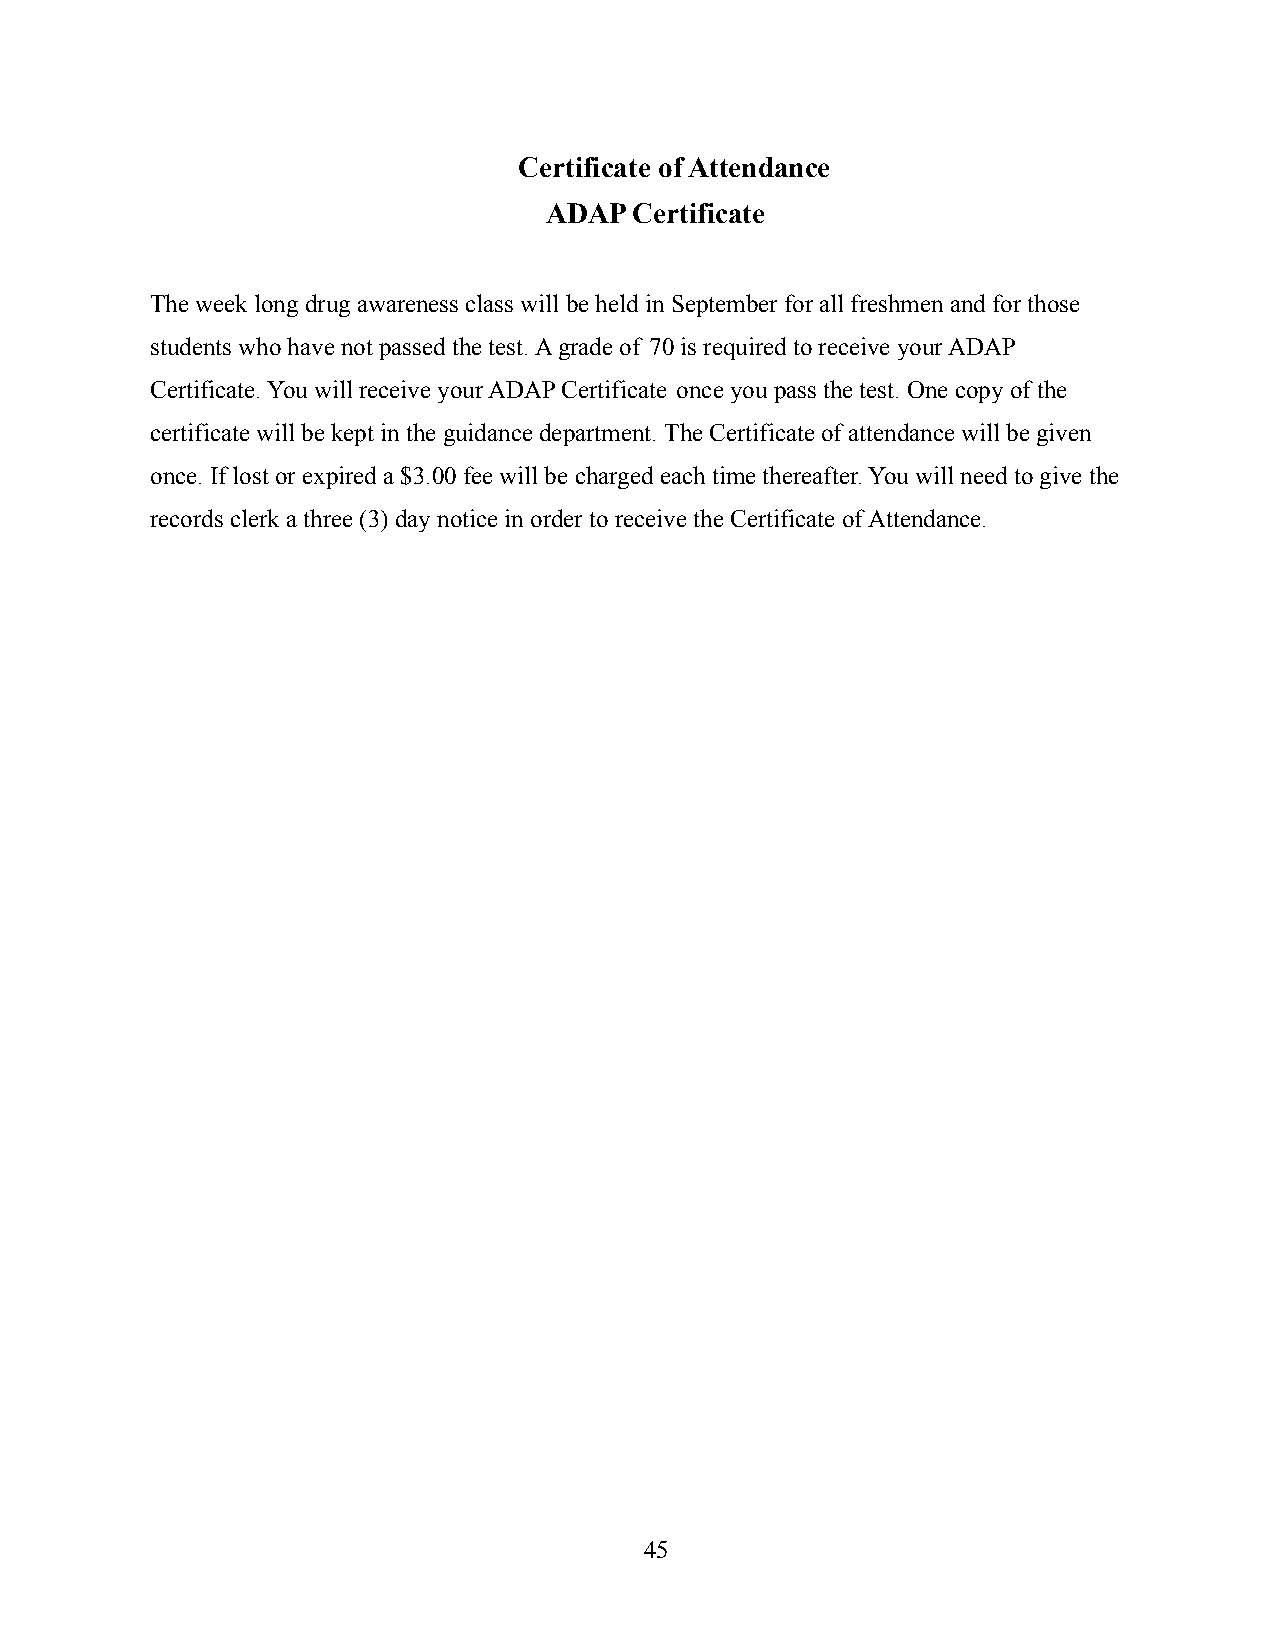
Certificate of Attendance
 ADAP  Certificate
 The week long drug awareness class will be held in September for all freshmen and for those
 students who have not passed the test. A grade of 70 is required to receive your ADAP
 Certificate. You will receive your ADAP Certificate once you pass the test. One copy of the
 certificate will be kept in the guidance department.The Certificate of attendance will be given
 once. If lost or expired a $3.00 fee will be chargedeach time thereafter. You will need to give the
 records clerk a three (3) day notice in order to receivethe Certificate of Attendance.
 45